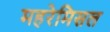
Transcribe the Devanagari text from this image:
महरेमिसल